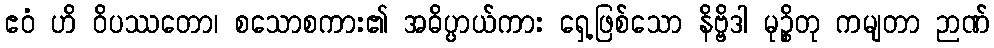
ဧဝံ ဟိ ဝိပဿတော၊ စသောစကား၏ အဓိပ္ပာယ်ကား ရှေ့ဖြစ်သော နိဗ္ဗိဒါ မုဉ္စိတု ကမျတာ ဉာဏ်